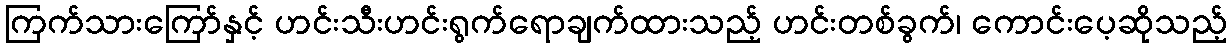
ကြက်သားကြော်နှင့် ဟင်းသီးဟင်းရွက်ရောချက်ထားသည့် ဟင်းတစ်ခွက်၊ ကောင်းပေ့ဆိုသည့်